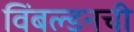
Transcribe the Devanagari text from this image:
विंबल्डनची